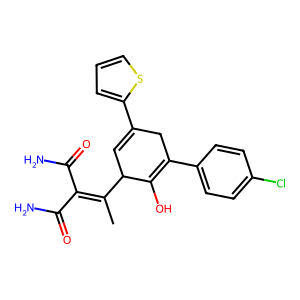
SMILES: CC(=C(C(N)=O)C(N)=O)C1C=C(c2cccs2)CC(c2ccc(Cl)cc2)=C1O
Inhibits HIV replication: No